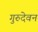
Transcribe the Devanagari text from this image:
गुरुदेवन